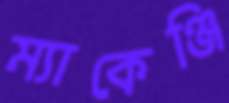
ম্যাকেঞ্জি